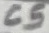
Text: C5